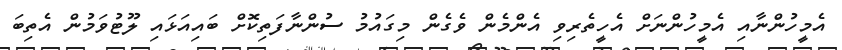
އެމީހުންނާއި އެމީހުންނަށް އެހީތެރިވި އެންމެން ވެގެން މިގައުމު ސުންނާފަތިކޮށް ބައިއަޅައި ލޫޓުވަމުން އެތިބަ